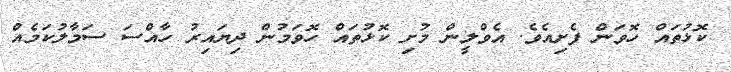
ކޮޅުތައް ހޮވަން ފެށިއެވެ. އެވްލީން މުށި ކޮޅުތައް ހޮވަމުން ދިޔައިރު ހާއްސަ ސަމާލުކަމެއް